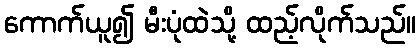
ကောက်ယူ၍ မီးပုံထဲသို့ ထည့်လိုက်သည်။